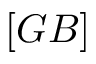
\left[ G B \right]